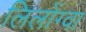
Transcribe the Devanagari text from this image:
लिलोंग्वा